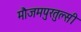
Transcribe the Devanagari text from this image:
मौजमपुरतुल्सी